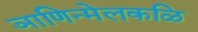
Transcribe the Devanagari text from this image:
ञाणिन्मेलकळि